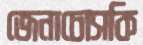
জেনাচোসকি